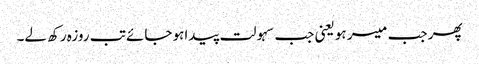
پھر جب میسر ہو یعنی جب سہولت پیداہو جائے تب روزہ رکھ لے۔